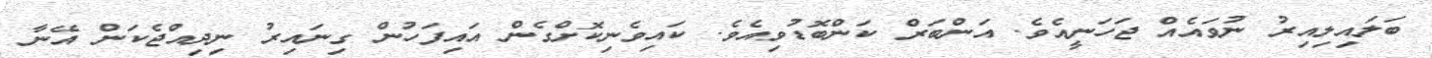
ބަލައިލިއިރު ނުވައެއް ޖަހަނީއެވެ. އަންބަރް ކަންބޮޑުވިއެވެ. ކައިވެނިކޮށްގެން އައިފަހުން ގިނައިރު ނިދިއްޖެކަން އޭނާ